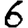
Digit: 6